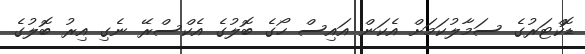
ޑޮކްޓަރުގެ ސަމާލުކަމަށް އެކަން އައިސް ހޯގެ ބޮލުގެ އެކްސްރޭ ނެގި އިރު ބޮލުގެ